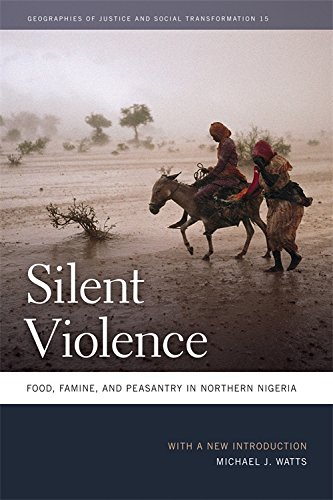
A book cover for Silent Violence: Food, Famine, and Peasantry in Northern Nigeria (Geographies of Justice and Social Transformation); Michael J. Watts; History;